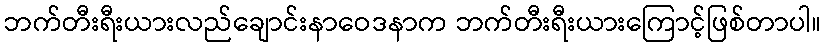
ဘက်တီးရီးယားလည်ချောင်းနာဝေဒနာက ဘက်တီးရီးယားကြောင့်ဖြစ်တာပါ။